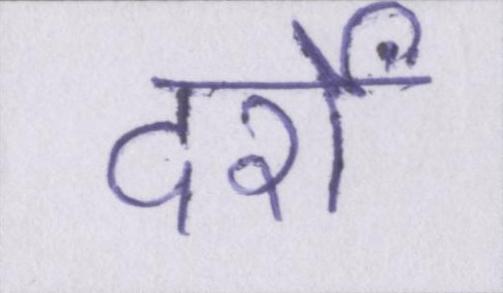
दर्रों